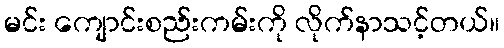
မင်း ကျောင်းစည်းကမ်းကို လိုက်နာသင့်တယ်။